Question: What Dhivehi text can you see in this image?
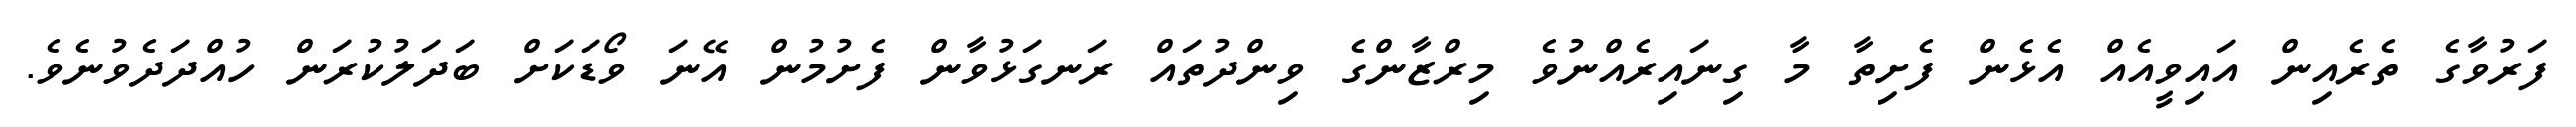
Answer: ފަރުވާގެ ތެރެއިން އައިވީއެއް އެޅެން ފެށިތާ މާ ގިނައިރެއްނުވެ މިރްޒާންގެ ވިންދުތައް ރަނގަޅުވާން ފެށުމުން އޭނަ ވޯޑަކަށް ބަދަލުކުރަން ހުއްދަދެވުނެވެ.